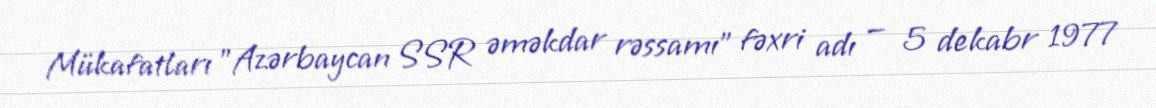
Mükafatları "Azərbaycan SSR əməkdar rəssamı" fəxri adı — 5 dekabr 1977